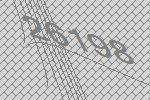
26198